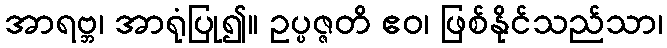
အာရဗ္ဘ၊ အာရုံပြု၍။ ဥပ္ပဇ္ဇတိ ဧဝ၊ ဖြစ်နိုင်သည်သာ၊